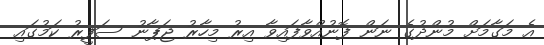
އެ މަގާމަށް މުންދުގެ ނަން ފޮނުއްވާފައިވާ އިރު މިހާރު ޖަޕާނު ސަފީރު ކަމުގައި